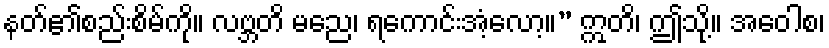
နတ်၏စည်းစိမ်ကို။ လဗ္ဘတိ မညေ၊ ရကောင်းအံ့လော့။” ဣတိ၊ ဤသို့။ အဝေါစ၊